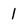
Character: 1